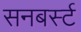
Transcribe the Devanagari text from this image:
सनबर्स्ट